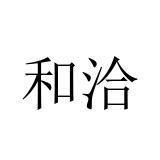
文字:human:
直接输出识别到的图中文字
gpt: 和洽